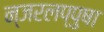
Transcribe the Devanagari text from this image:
न्जरलप्पुषा